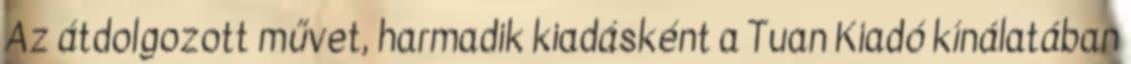
Az átdolgozott művet, harmadik kiadásként a Tuan Kiadó kínálatában